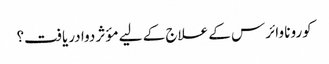
کورونا وائرس کے علاج کے لیے مؤثر دوا دریافت؟